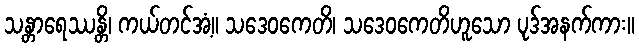
သန္တာရေဿန္တိ၊ ကယ်တင်အံ့။ သဒေဝကေတိ၊ သဒေဝကေတိဟူသော ပုဒ်အနက်ကား။